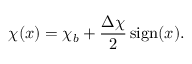
\chi ( x ) = \chi _ { b } + \frac { \Delta \chi } { 2 } \ensuremath { \operatorname { s i g n } } ( x ) .